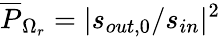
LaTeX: \overline{{P}}_{\Omega_{r}}=|s_{out,0}/s_{in}|^{2}